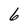
Character: 6